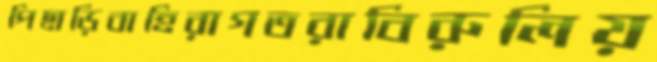
পিছাড়িবাহিরাগতরাবিরুলিয়